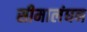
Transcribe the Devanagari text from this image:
सीमालंघन